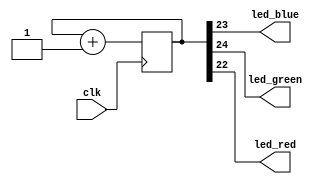
// This program was cloned from: https://github.com/FPGAwars/apio-examples
// License: GNU General Public License v2.0


module rgb_test (input clk,
                 output led_blue,
                 output led_green,
                 output led_red);


//-- Modify this value for changing the blink frequency
localparam N = 24;  //-- N<=21 Fast, N>=23 Slow

reg [N:0] counter;
always @(posedge clk)
  counter <= counter + 1;

assign led_green = counter[N];
assign led_blue = counter[N-1];
assign led_red = counter[N-2];

endmodule